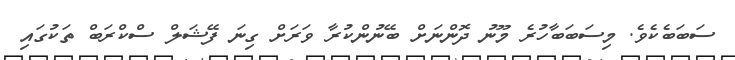
ސަބަބެކެވެ. މިސަބަބާހުރެ މޫނު ދޮންނަށް ބޭނުންކުރާ ވަރަށް ގިނަ ފޭޝަލް ސްކްރަބް ތަކުގައި